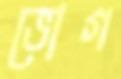
ভোগ